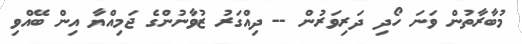
މުބާރާތުން ވަނަ ހޯދި ދަރިވަރުން -- ދިއްގަރު ޒުވާނުންގެ ޖަމިއްޔާ އިން ބޭއްވި